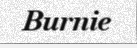
Burnie